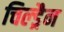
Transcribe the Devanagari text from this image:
चिल्ड्रैन